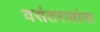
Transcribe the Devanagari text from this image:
वसंतरावांना